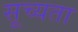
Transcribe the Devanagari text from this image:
सूच्यता